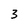
Character: 3